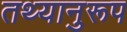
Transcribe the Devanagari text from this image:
तथ्यानुरूप